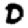
Digit: 0